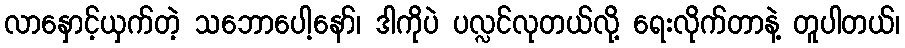
လာနှောင့်ယှက်တဲ့ သဘောပေါ့နော်၊ ဒါကိုပဲ ပလ္လင်လုတယ်လို့ ရေးလိုက်တာနဲ့ တူပါတယ်၊